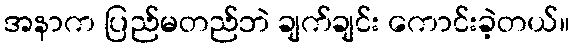
အနာက ပြည်မတည်ဘဲ ချက်ချင်း ကောင်းခဲ့တယ်။